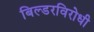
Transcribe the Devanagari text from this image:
बिल्डरविरोधी